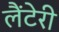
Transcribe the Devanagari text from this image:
लैंटेरी